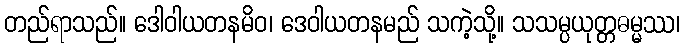
တည်ရာသည်။ ဒေါဝါယတနမိဝ၊ ဒေဝါယတနမည် သကဲ့သို့။ သသမ္ပယုတ္တဓမ္မဿ၊